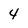
Character: 4